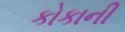
કોકાની